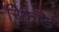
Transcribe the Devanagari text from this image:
रिकॉर्ड़